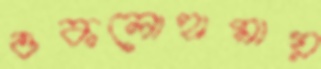
ওকলোহামায়